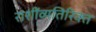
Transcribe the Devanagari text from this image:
राशींव्यतिरिक्त